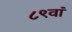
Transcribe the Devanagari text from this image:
८९वां